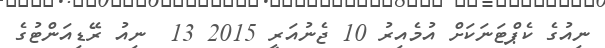
ނިއުގެ ކެޕްޓަނަކަށް އުމެއިރު 10 ޖެނުއަރީ 2015 13  ނިއު ރޭޑިއަންޓުގެ